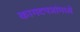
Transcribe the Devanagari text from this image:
कागदपञांमध्ये